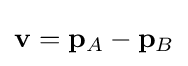
\mathbf {v} =\mathbf {p} _{A}-\mathbf {p} _{B}